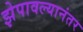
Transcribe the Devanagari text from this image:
झेपावल्यानंतर